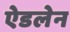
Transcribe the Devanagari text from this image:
ऐडलेन